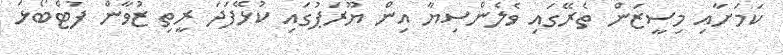
ކަމަށާއި މިސީޒަން ތެރޭގައި ވެލެންސިޔާ އިން ޔޫރަޕުގައި ކުޅޭފަދަ ރީތި ޒުވާން ފުޓްބޯޅަ